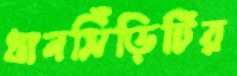
ধানসিঁড়িটির